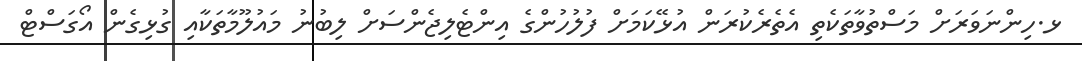
ޅ.ހިންނަވަރަށް މަސްތުވާތަކެތި އެތެރެކުރަން އުޅޭކަމަށް ފުލުހުންގެ އިންޓެލިޖެންސަށް ލިބުނު މައުލޫމާތަކާއި ގުޅިގެން އޯގަސްޓް